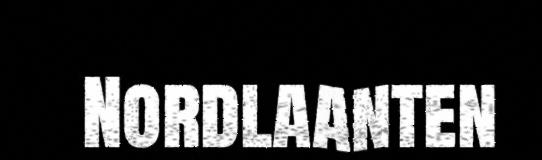
Nordlaanten